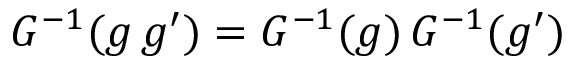
G ^ { - 1 } ( g \, g ^ { \prime } ) = G ^ { - 1 } ( g ) \, G ^ { - 1 } ( g ^ { \prime } )